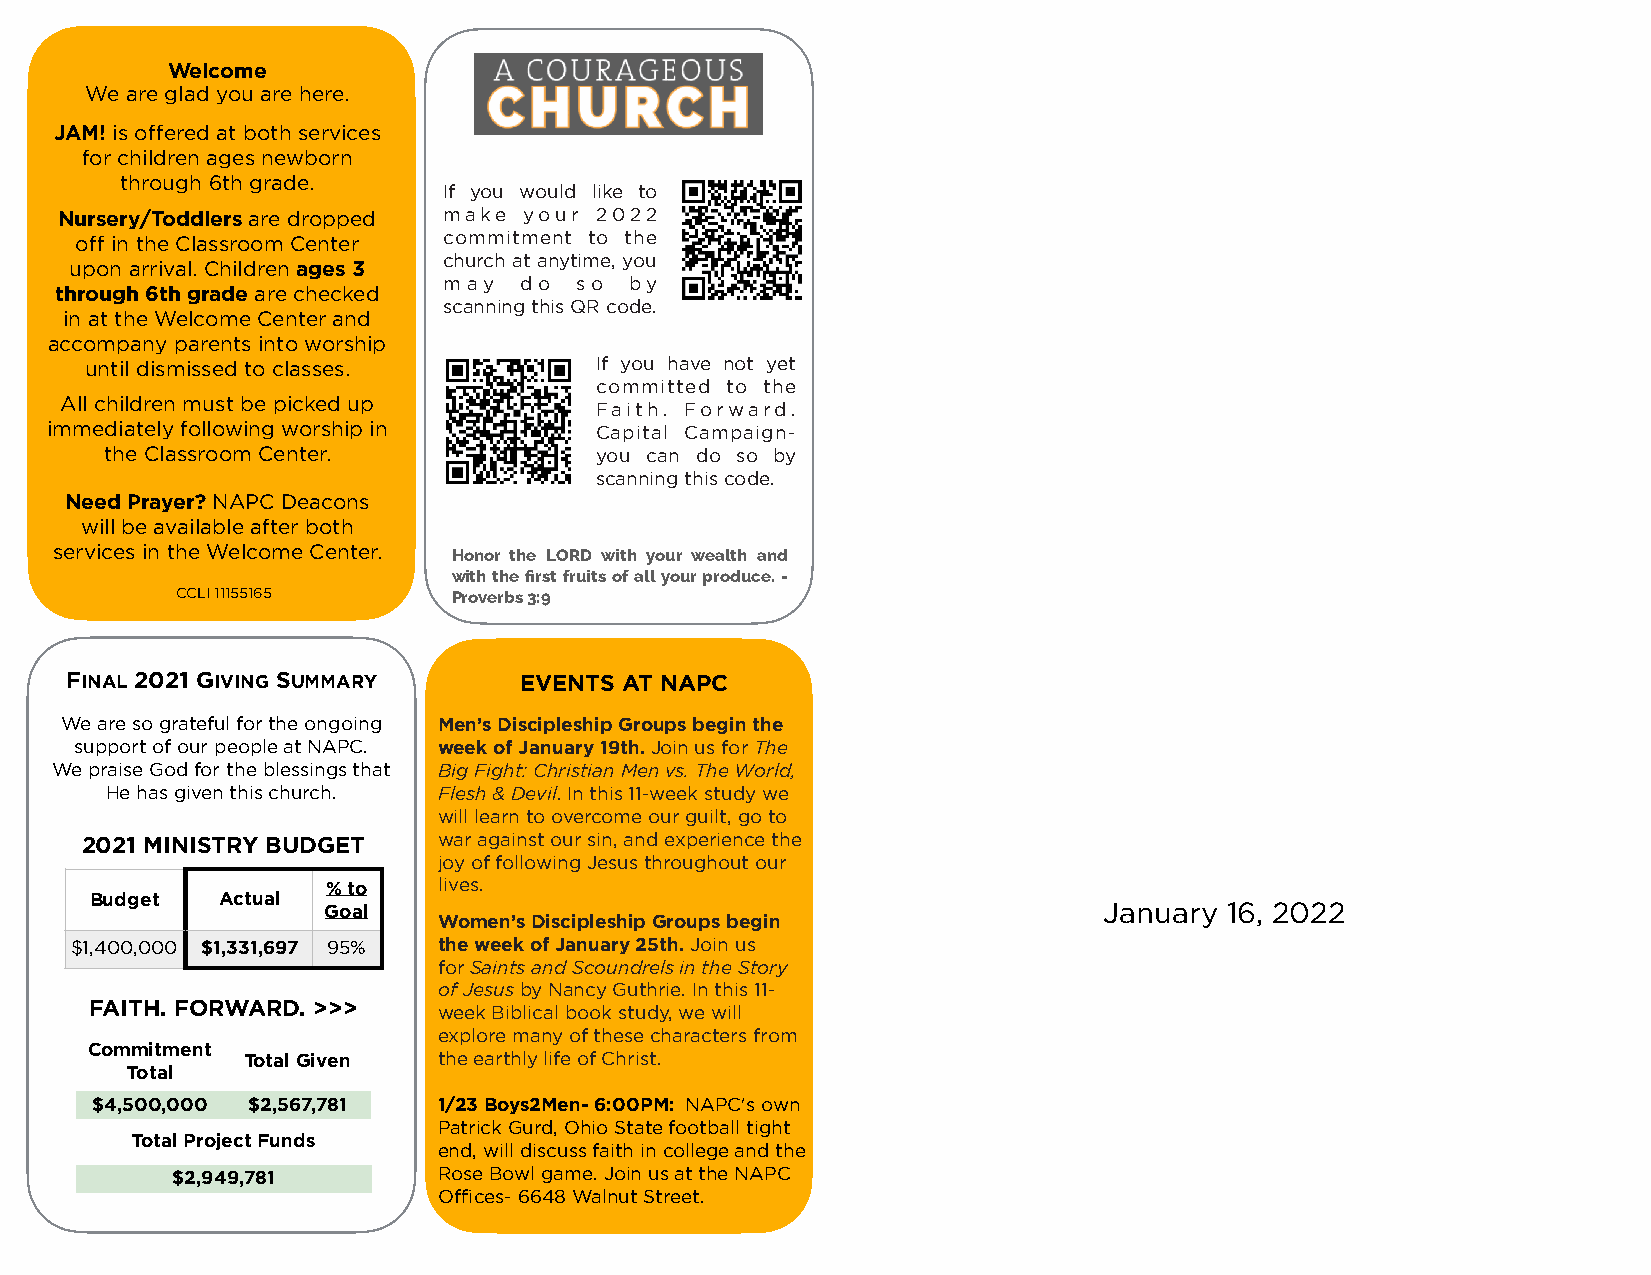
Welcome
 We are glad you are here.
 JAM! is offered at both services
 for children ages newborn
 through 6th grade.
 If you would like to
 Nursery/Toddlers are dropped make your 2022
 off in the Classroom Center commitment to the
 church at anytime, you
 upon arrival. Children ages 3
 may  do  so  by
 through 6th grade are checked
 scanning this QR code.
 in at the Welcome Center and
 accompany parents into worship
 until dismissed to classes.      If you have not yet
 committed to the
 All children must be picked up
 Faith. Forward.
 immediately following worship in    Capital Campaign-
 the Classroom Center.           you can do so by
 scanning this code.
 Need Prayer? NAPC Deacons
 will be available after both
 services in the Welcome Center. Honor the LORD with your wealth and
 with the first fruits of all your produce. -
 CCLI 11155165     Proverbs 3:9
 FINAL 2021 GIVING SUMMARY     EVENTS AT NAPC
 We are so grateful for the ongoing Men’s Discipleship Groups begin the
 support of our people at NAPC. week of January 19th. Join us for The
 We praise God for the blessings that Big Fight: Christian Men vs. The World,
 He has given this church. Flesh & Devil. In this 11-week study we
 will learn to overcome our guilt, go to
 2021 MINISTRY BUDGET    war against our sin, and experience the
 joy of following Jesus throughout our
 % to   lives.
 Budget   Actual
 Goal                                                January 16, 2022
 Women’s Discipleship Groups begin
 $1,400,000 $1,331,697 95% the week of January 25th. Join us
 for Saints and Scoundrels in the Story
 of Jesus by Nancy Guthrie. In this 11-
 FAITH. FORWARD. >>>
 week Biblical book study, we will
 explore many of these characters from
 Commitment
 Total Given  the earthly life of Christ.
 Total
 $4,500,000 $2,567,781  1/23 Boys2Men- 6:00PM: NAPC's own
 Patrick Gurd, Ohio State football tight
 Total Project Funds
 end, will discuss faith in college and the
 $2,949,781        Rose Bowl game. Join us at the NAPC
 Offices- 6648 Walnut Street.